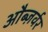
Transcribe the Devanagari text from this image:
औब्ज़र्वर